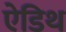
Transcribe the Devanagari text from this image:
ऐडिथ